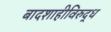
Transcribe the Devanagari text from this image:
बादशाहीविरुद्ध